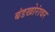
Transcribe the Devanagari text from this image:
बंडखोरांवर